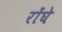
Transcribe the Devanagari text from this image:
रोंघे